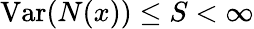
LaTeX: \operatorname{Var}(N(x))\leq S<\infty